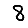
Digit: 8